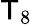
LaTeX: \mathsf{T}_{8}